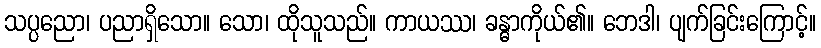
သပ္ပညော၊ ပညာရှိသော။ သော၊ ထိုသူသည်။ ကာယဿ၊ ခန္ဓာကိုယ်၏။ ဘေဒါ၊ ပျက်ခြင်းကြောင့်။